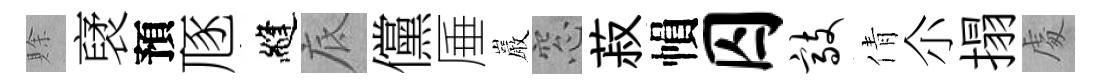
賖裦預豗縫底儻厜巖窓菽𢄙囚敲倩尒搨䖏